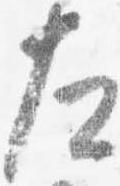
左